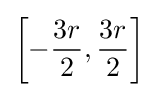
\left[-{\frac {3r}{2}},{\frac {3r}{2}}\right]